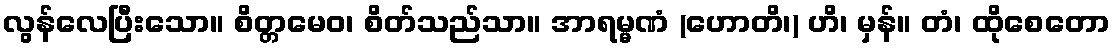
လွန်လေပြီးသော။ စိတ္တမေဝ၊ စိတ်သည်သာ။ အာရမ္မဏံ (ဟောတိ၊) ဟိ၊ မှန်။ တံ၊ ထိုစေတော